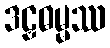
ဒဠှဓမ္မဿ